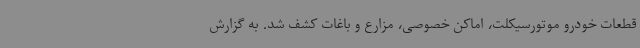
قطعات خودرو موتورسیکلت، اماکن خصوصی، مزارع و باغات کشف شد. به گزارش